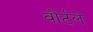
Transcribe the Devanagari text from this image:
वौर्टले